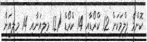
ކޮންމެ ފިލްމަކަށް 12 ކްރޯޑާއި 14 ކްރޯޑް (12 މިލިއަނާއި 14 މިލިއަން